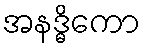
အနဒ္ဓိကော